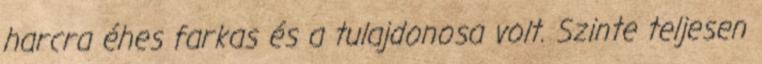
harcra éhes farkas és a tulajdonosa volt. Szinte teljesen